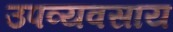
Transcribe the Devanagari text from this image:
उपव्यवसाय